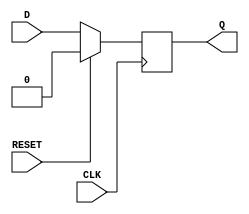
module synchronous_register (
    input wire D,          // Data input
    input wire CLK,        // Clock input
    input wire RESET,      // Synchronous reset
    output reg Q           // Data output
);

// Always block triggered on the rising edge of the clock or when reset is asserted
always @(posedge CLK) begin
    if (RESET) begin
        Q <= 1'b0;        // Set Q to 0 on reset
    end else begin
        Q <= D;           // Store D in Q on clock edge
    end
end

endmodule